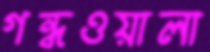
গন্ধওয়ালা